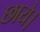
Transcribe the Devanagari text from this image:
छाये।